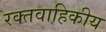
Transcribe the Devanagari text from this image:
रक्तवाहिकीय